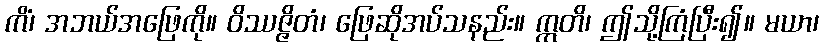
ကိံ၊ အဘယ်အဖြေကို။ ဝိဿဇ္ဇိတံ၊ ဖြေဆိုအပ်သနည်း။ ဣတိ၊ ဤသို့ကြံပြီး၍။ မယာ၊